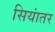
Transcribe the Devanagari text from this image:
सियांतर